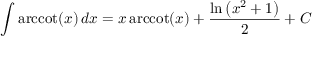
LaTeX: \int \operatorname { a r c c o t } ( x ) \, d x = x \operatorname { a r c c o t } ( x ) + { \frac { \ln \left( x ^ { 2 } + 1 \right) } { 2 } } + C